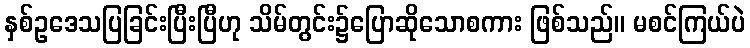
နှစ်ဥဒေသပြခြင်းပြီးပြီဟု သိမ်တွင်း၌ပြောဆိုသောစကား ဖြစ်သည်။ မစင်ကြယ်ပဲ